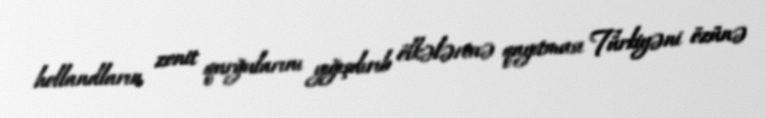
hollandların zenit qurğularını yığışdırıb ölkələrinə qayıtması Türkiyəni özünə